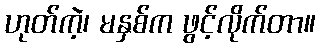
ဟုတ်ကဲ့၊ မနှစ်က ဖွင့်လိုက်တာ။